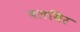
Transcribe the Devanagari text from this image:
बलबिर